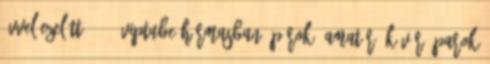
évvel ezelőtt 38:48 VipTube hármasban, párok, amatőr, kövér, parok